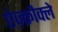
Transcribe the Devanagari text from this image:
ऐज़्क्रौक्ले